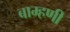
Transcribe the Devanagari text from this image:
बाम्हणी